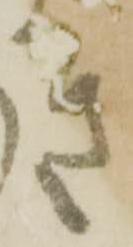
き